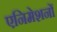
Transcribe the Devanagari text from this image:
एनिमेशनों